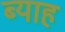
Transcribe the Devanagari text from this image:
ब्‍याह